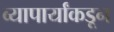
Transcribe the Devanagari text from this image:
व्यापार्यांकडून